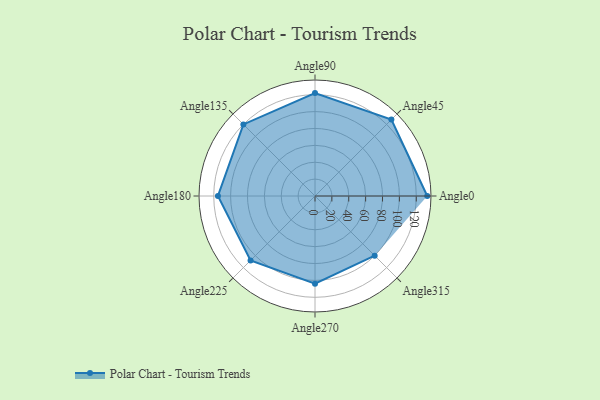
{"axis": {"x": "Angle", "y": "Radius"}, "legend": [""], "data": [{"x": "Angle0", "y": 133.0, "type": ""}, {"x": "Angle45", "y": 128.0, "type": ""}, {"x": "Angle90", "y": 122.0, "type": ""}, {"x": "Angle135", "y": 120.0, "type": ""}, {"x": "Angle180", "y": 115.0, "type": ""}, {"x": "Angle225", "y": 108.0, "type": ""}, {"x": "Angle270", "y": 104.0, "type": ""}, {"x": "Angle315", "y": 100.0, "type": ""}]}